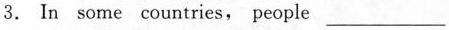
3. In some countries, people ___